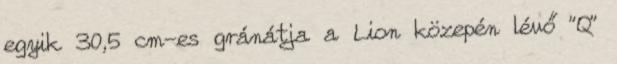
egyik 30,5 cm-es gránátja a Lion közepén lévő "Q"